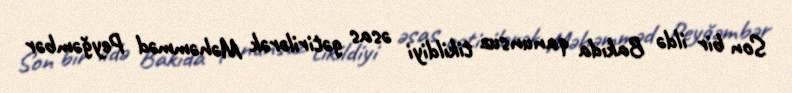
Son bir ildə Bakıda qanunsuz tikildiyi əsas gətirilərək Məhəmməd Peyğəmbər